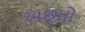
અછૂતો